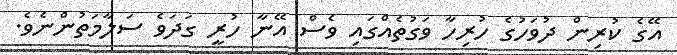
އޭގެ ކުރިން ދުވަހުގެ ހުރިހާ ވަގުތެއްގައި ވެސް އޭނާ ހުރީ ގަދަވެ ސަލާމަތުންނެވެ.